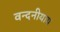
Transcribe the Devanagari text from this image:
वन्दनीयाय